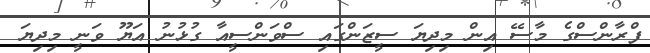
ފްރާންސްގެ މާސޭ އިން މިދިޔަ ސީޒަންގައި ސްވަންސީއާ ގުޅުނު އަޔޫ ވަނީ މިދިޔަ